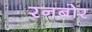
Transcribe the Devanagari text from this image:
रनबोर